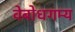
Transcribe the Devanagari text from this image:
वेबोधगम्य